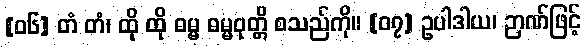
[၀၆] တံ တံ၊ ထို ထို ဓမ္မ ဓမ္မဝုတ္တိ စသည်ကို။ [၀၇] ဥပါဒါယ၊ ဉာဏ်ဖြင့်